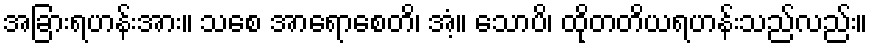
အခြားရဟန်းအား။ သစေ အာရောစေတိ၊ အံ့။ သောပိ၊ ထိုတတိယရဟန်းသည်လည်း။